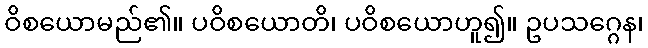
ဝိစယောမည်၏။ ပဝိစယောတိ၊ ပဝိစယောဟူ၍။ ဥပသဂ္ဂေန၊